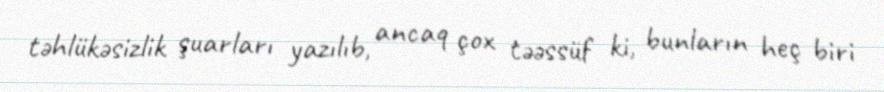
təhlükəsizlik şuarları yazılıb, ancaq çox təəssüf ki, bunların heç biri